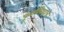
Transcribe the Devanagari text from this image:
पुनर्विवाहाचे